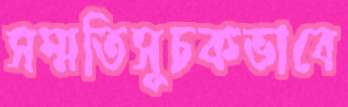
সম্মতিসূচকভাবে